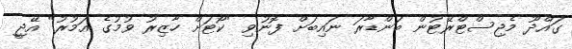
ގައްދޫ މެޖިސްޓްރޭޓުން ބަންޑާރަ ނައިބަށް ފޮނުވި "ކޯޓަށް ހާޒިރު ވުމުގެ އަމުރު" އޭޖީ